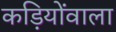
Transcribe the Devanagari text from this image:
कड़ियोंवाला